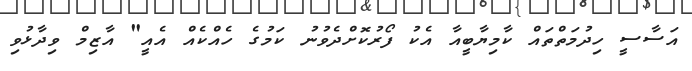
އަސާސީ ހިދުމަތްތައް ކާމިޔާބީއާ އެކު ފޯރުކޮށްދެވުނު ކަމުގެ ހެއްކެއް އެއީ" އާޒިމް ވިދާޅުވި